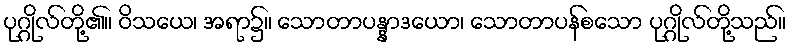
ပုဂ္ဂိုလ်တို့၏။ ဝိသယေ၊ အရာ၌။ သောတာပန္နာဒယော၊ သောတာပန်စသော ပုဂ္ဂိုလ်တို့သည်။